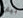
بيان